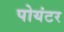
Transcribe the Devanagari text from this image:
पोयंटर